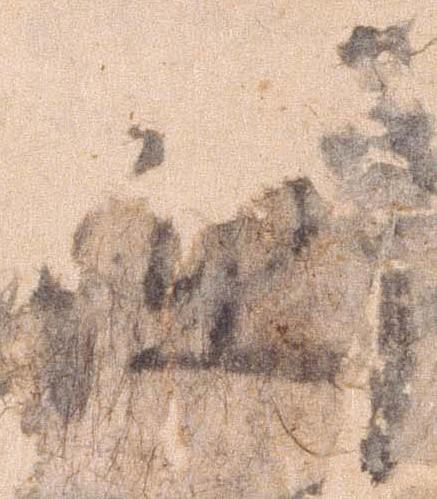
国